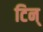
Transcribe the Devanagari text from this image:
टिन्